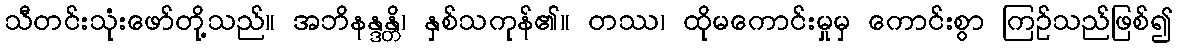
သီတင်းသုံးဖော်တို့သည်။ အဘိနန္ဒန္တိ၊ နှစ်သကုန်၏။ တဿ၊ ထိုမကောင်းမှုမှ ကောင်းစွာ ကြဉ်သည်ဖြစ်၍